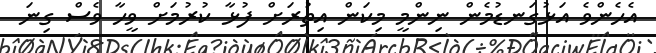
އެހެންވެ އަޅުގަނޑުމެން ނިންމީ މިކަން އިތުރަށް ފުޅާ ކުރުމަށް ވީހާ ވެސް ގިނަ